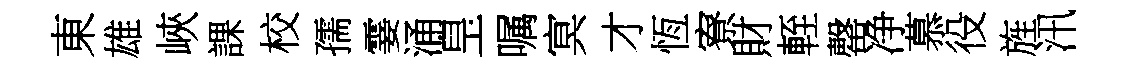
東雄峽課校孺霎涌皇嘱㝠才恆寮財輊罄净慕役旌汛